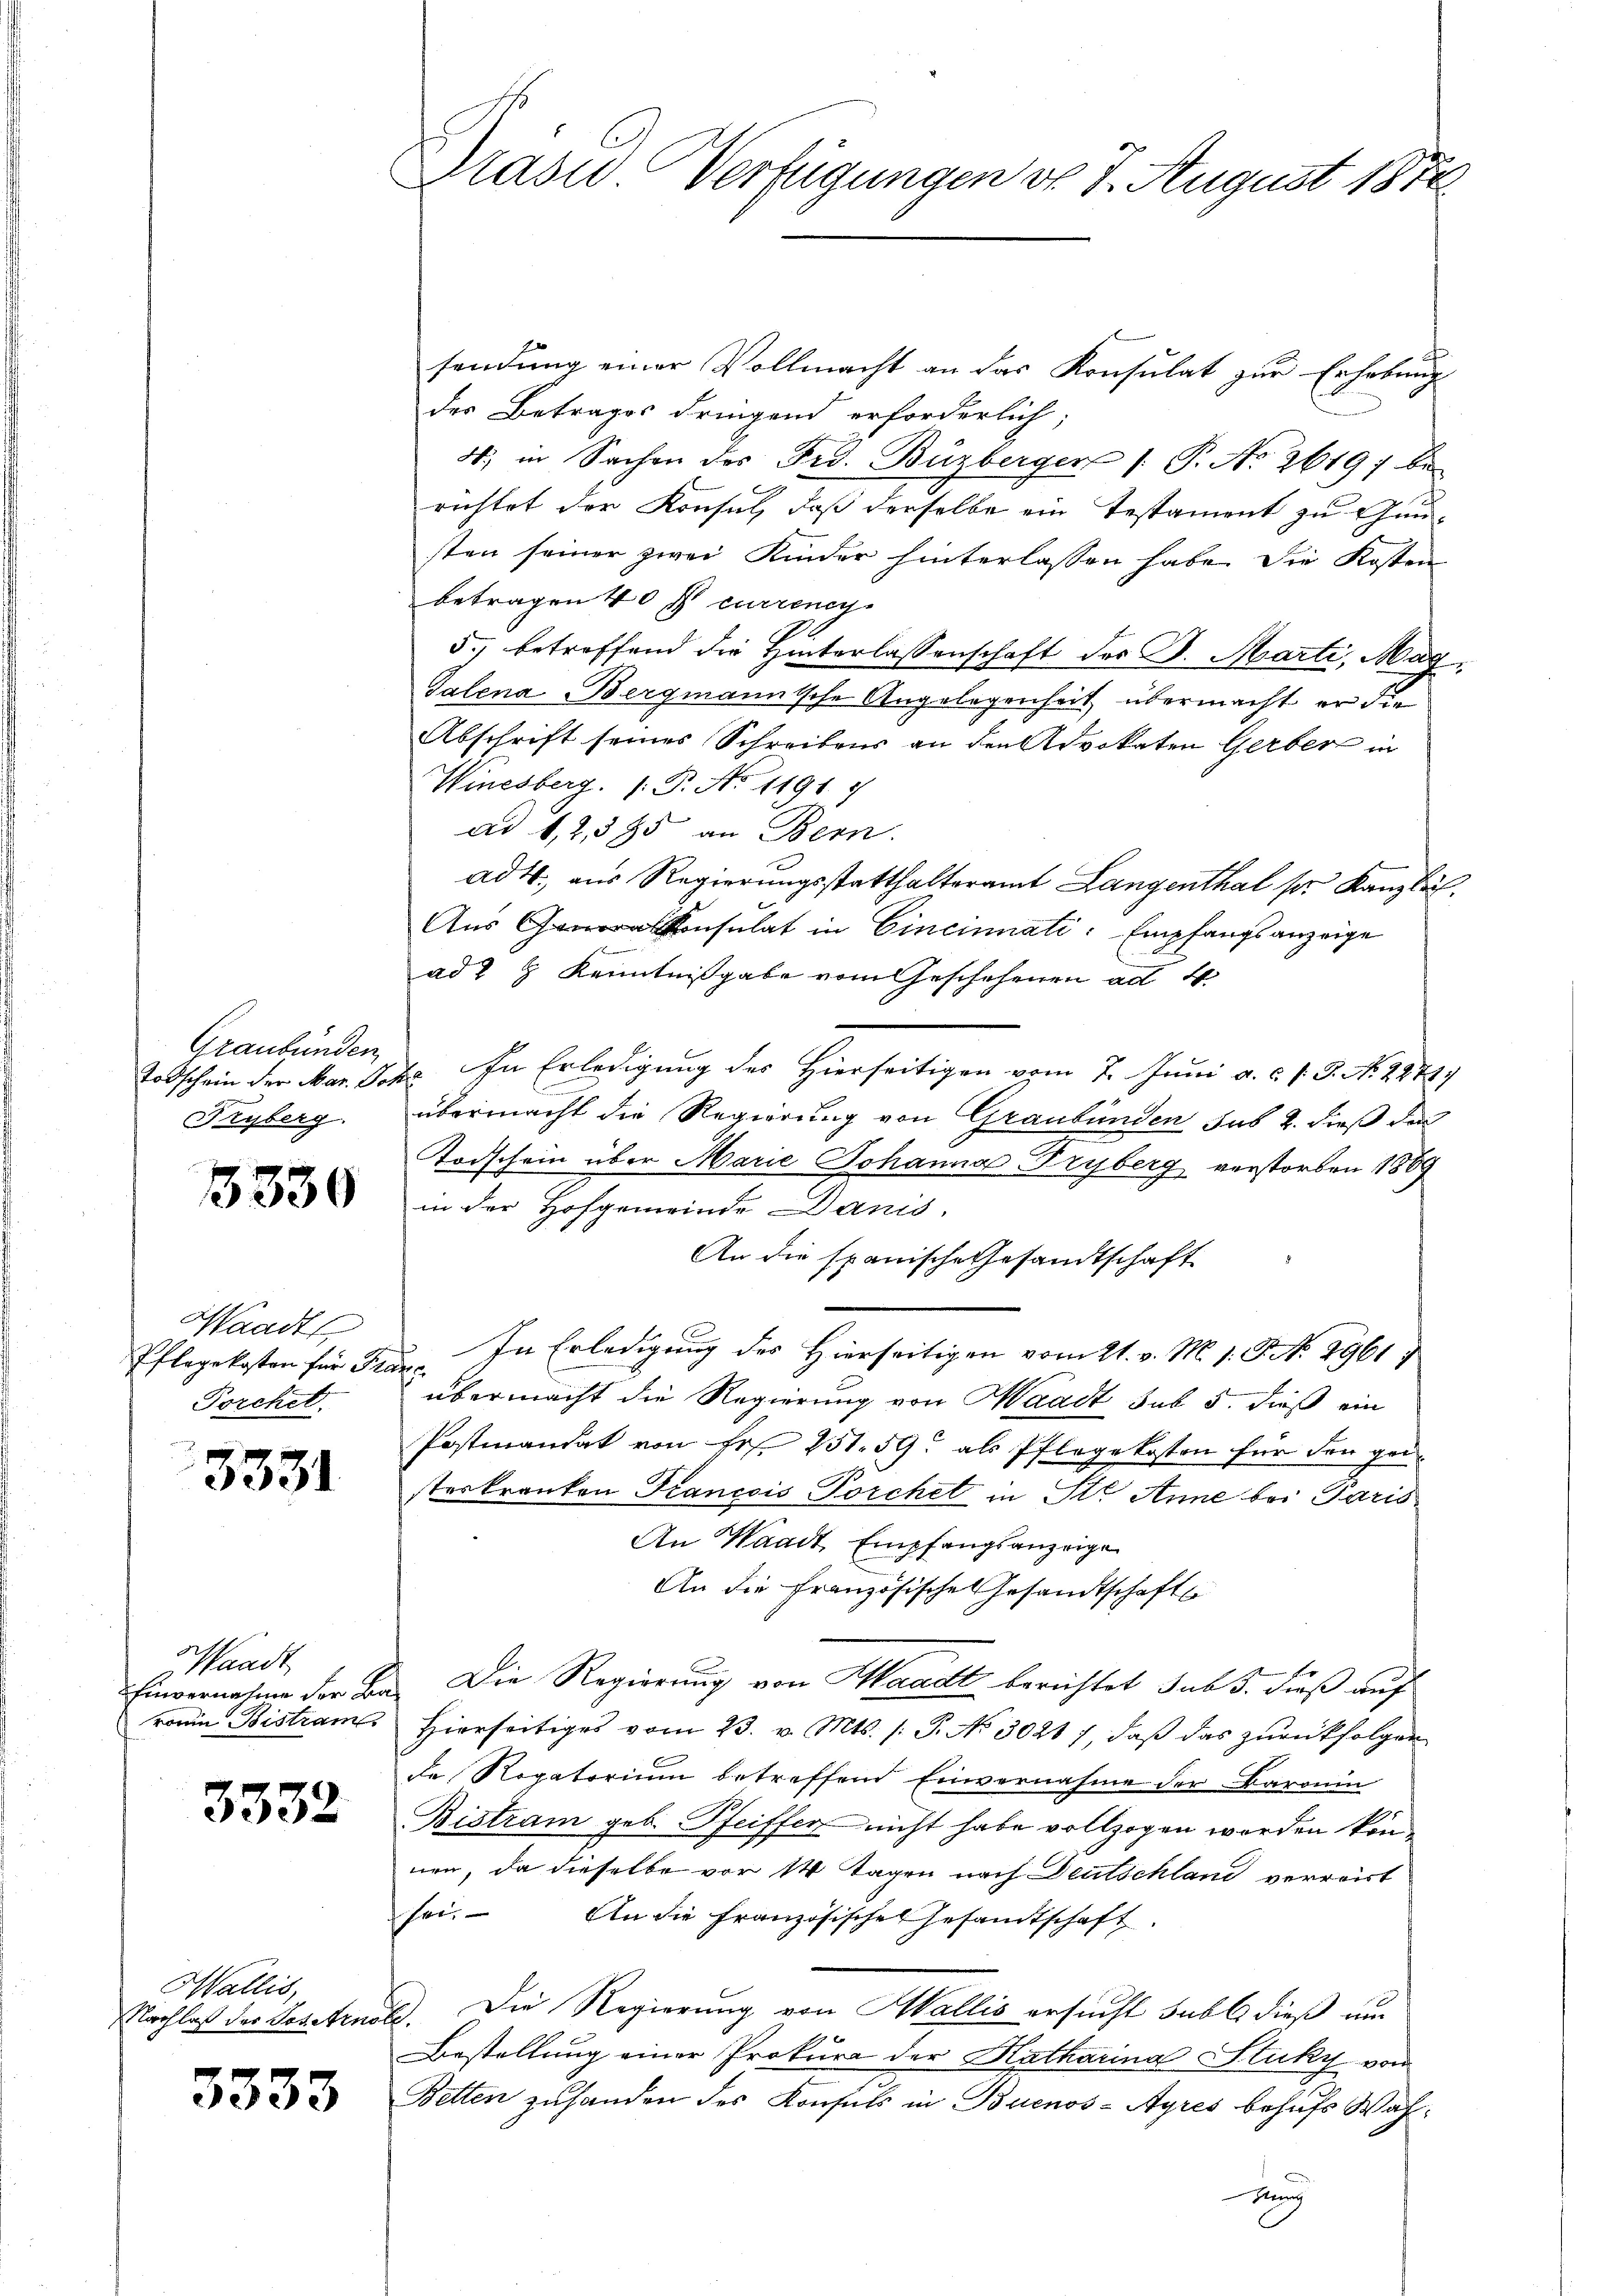
Graubünden
Todschein der Mar. Joh
Fryberg.

3330

Waadt
Pflegekosten für Fre
Porchet.

3331

Waadt
Einvernahme der Baronin Bistram

3332

Wallis,
Nachlaß des Toteten

3333

Präsid. Verfügungen do 7. August 1870

sendung einer Vollmacht an das Konsulat zur Erhebung
des Betrages dringend erforderlich;
4. in Sachen des Frd. Büzberger /: P. No 2619; be
richtet der Konsul, daß derselbe ein Testament zu Gunsten seiner zwei Kinder hinterlassen habe. Die Kosten
betragen 40 x currenes
5) betreffend die Hinterlassenschaft der D. Marti, Mag.
Talena Bergmannische Angelegenheit übermacht er die
Abschrift seines Schreibens an den Advokaten Gerber in
Winesberg. (T. No 1191. 7
ad 1,2,385 an Bern.
ad 4. aus Regierungsstatthalteramt Langenthal pr. Kanzlich.
Aŭs Konsulat in Cinciati: Empfangsanzeige
ad 2 g Kenntnißgabe vom Geschehenen ad 1.
E. In Erledigung des Hierseitigen vom 7. Juni a. c. l. J. No. 2871
u
übermacht die Regierung von Graubünden sub 2. dieß der
Todschein über Marie Johanna Tryberg verstorben 1869
in der Hofgemeinde Danis
An die spanische Gesandtschaft
In Erledigung des Hierseitigen vom 21. v. M. 1. P. 1961
t
übermacht die Regierung von Waadt sub 5. dieß ein
Postmandat von Fr. 251. 59 als Pflegekosten für den geisterkranken Francois Porchet in St. Anne bei Paris
An Waadt, Empfangsanzeige
An die Französische Gesandtschaft
Die Regierung von Waadt berichtet sub. Dieß auf
Hierseitiges vom 23. v. Mts. /: P. No 3021), daß das zurückfolgen
de Rogatorium betreffend Einvernahme der Baronin
Bistram geb. Pfeiffer nicht habe vollzogen werden können, da dieselbe vor 14 Tagen nach Deutschland verrät
sei. An die Französische Gesandtschaft
). Die Regierung von Wallis ersucht subt dieß um
Bestellung einer Prokura der Katharina Stucky von
Betten zuhanden des Konsuls in Buenos-Ayres behufs Wahtung